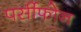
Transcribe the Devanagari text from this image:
पर्सीफोन